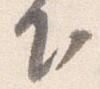
下